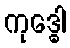
ကုဒ္ဓေါ